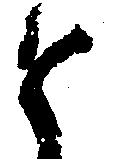
と